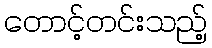
တောင့်တင်းသည့်